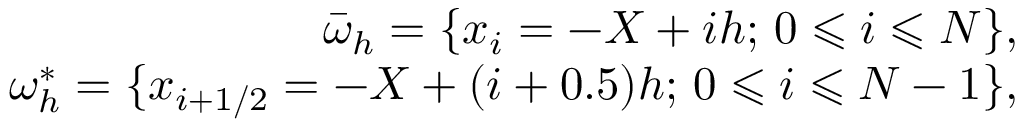
\begin{array} { r } { \bar { \omega } _ { h } = \{ x _ { i } = - X + i h ; \, 0 \leqslant i \leqslant N \} , } \\ { \omega _ { h } ^ { * } = \{ x _ { i + 1 / 2 } = - X + ( i + 0 . 5 ) h ; \, 0 \leqslant i \leqslant N - 1 \} , } \end{array}